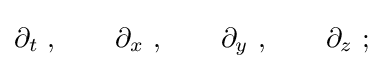
\partial _{t}~,\qquad \partial _{x}~,\qquad \partial _{y}~,\qquad \partial _{z}~;